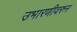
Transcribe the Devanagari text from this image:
उभारणीवरुन